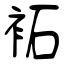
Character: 袥